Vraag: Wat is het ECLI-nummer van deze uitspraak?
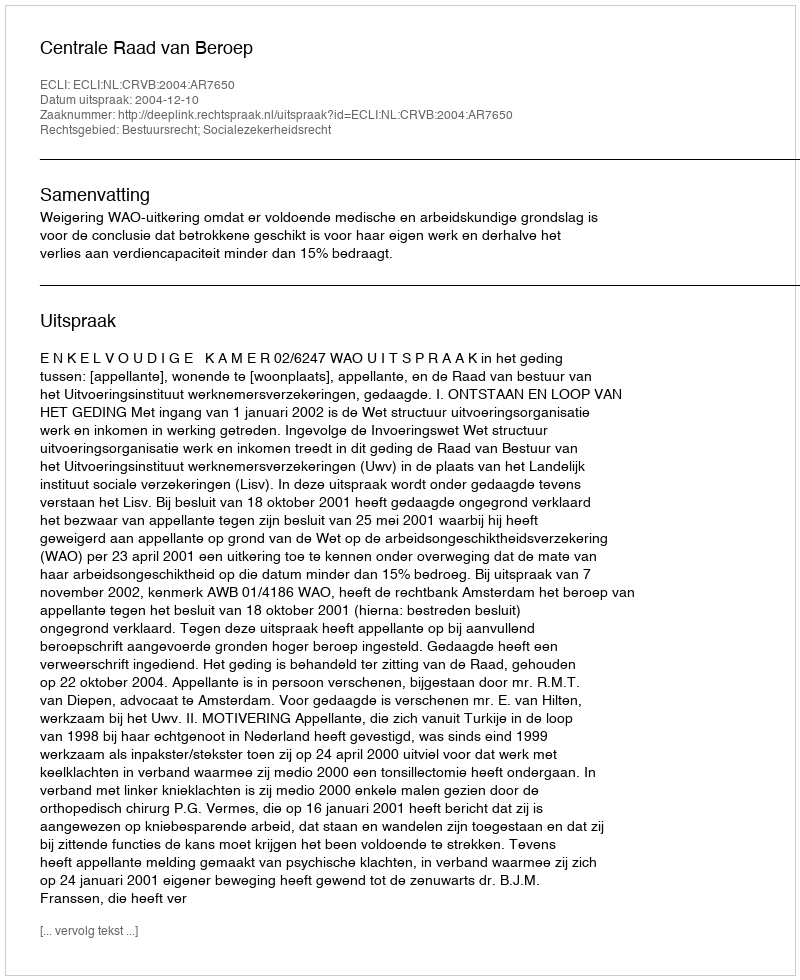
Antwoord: ECLI:NL:CRVB:2004:AR7650